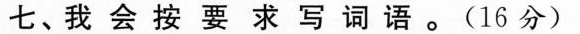
七，我会按要求写词语。（16分）